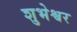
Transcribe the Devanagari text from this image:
शुभेश्वर